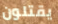
يقتلون